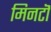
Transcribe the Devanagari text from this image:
मिनटॊ